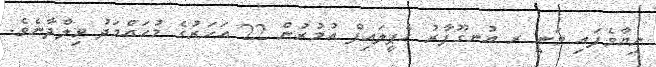
ނިޔާވެފައި ވަނީ ރ އުނގޫފާރު ހެޕީލައިފް އުމުރުން 22 އަހަރުގެ މުހައްމަދު ވިލްދާނެވެ.